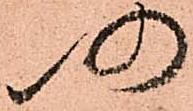
仍